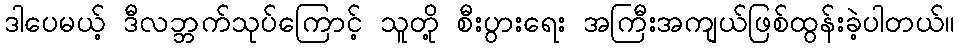
ဒါပေမယ့် ဒီလဘ္ဘက်သုပ်ကြောင့် သူတို့ စီးပွားရေး အကြီးအကျယ်ဖြစ်ထွန်းခဲ့ပါတယ်။